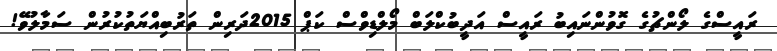
ރައީސްގެ ލޯންޗުގެ ގޮވުންނައިބު ރައީސް އަދީބުކްލަބް މޯލްޑިވްސް ކަޕް 2015ދަރިން ތަރުބިއްޔަތުކުރުން ސަމާލުވޭ!